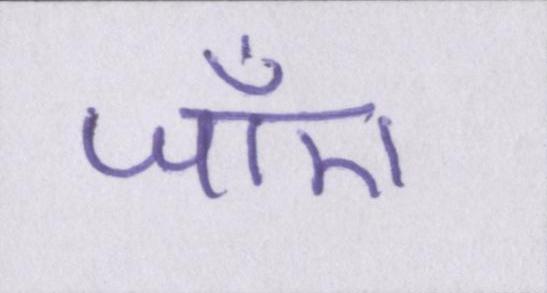
जाँए